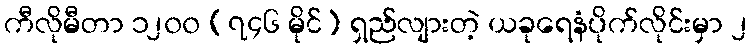
ကီလိုမီတာ ၁၂၀၀ (၇၄၆ မိုင်) ရှည်လျားတဲ့ ယခုရေနံပိုက်လိုင်းမှာ ၂